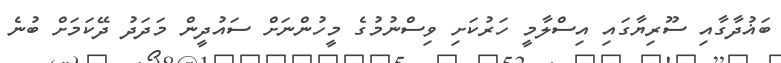
ބަޣުދާގާއި ސޫރިޔާގައި އިސްލާމީ ހަރުކަށި ވިސްނުމުގެ މީހުންނަށް ސައުދީން މަދަދު ދޭކަމަށް ބުނެ